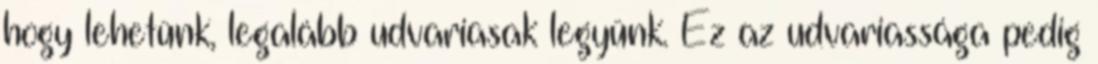
hogy lehetünk, legalább udvariasak legyünk. Ez az udvariassága pedig